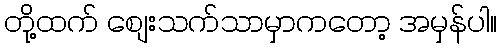
တို့ထက် စျေးသက်သာမှာကတော့ အမှန်ပါ။